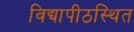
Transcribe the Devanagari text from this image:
विद्यापीठस्थित